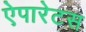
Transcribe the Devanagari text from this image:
ऐपारेटस